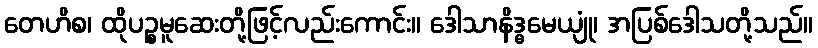
တေဟိစ၊ ထိုပဉ္စမူဆေးတို့ဖြင့်လည်းကောင်း။ ဒေါသာနိဒ္ဓမေယျုံ၊ အပြစ်ဒေါသတို့သည်။